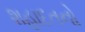
શહાદતનો